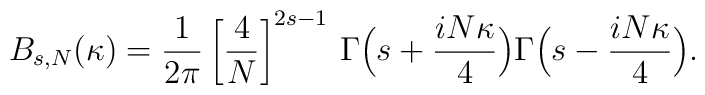
B_{s,N}(\kappa)=\frac{1}{2\pi}\left[\frac{4}{N}\right]^{2s-1}\,\Gamma\Bigl(s+\frac{iN\kappa}{4}\Bigr)\Gamma\Bigl(s-\frac{iN\kappa}{4}\Bigr).